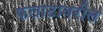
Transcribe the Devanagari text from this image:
फलाटावरील